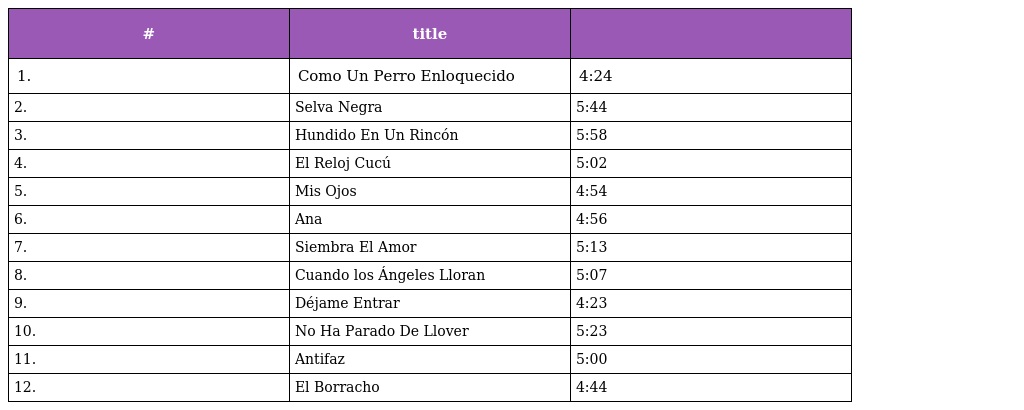
| # | title |  |
 | --- | --- | --- |
 | 1. | Como Un Perro Enloquecido | 4:24 |
 | 2. | Selva Negra | 5:44 |
 | 3. | Hundido En Un Rincón | 5:58 |
 | 4. | El Reloj Cucú | 5:02 |
 | 5. | Mis Ojos | 4:54 |
 | 6. | Ana | 4:56 |
 | 7. | Siembra El Amor | 5:13 |
 | 8. | Cuando los Ángeles Lloran | 5:07 |
 | 9. | Déjame Entrar | 4:23 |
 | 10. | No Ha Parado De Llover | 5:23 |
 | 11. | Antifaz | 5:00 |
 | 12. | El Borracho | 4:44 |